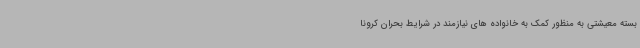
بسته معیشتی به منظور کمک به خانواده های نیازمند در شرایط بحران کرونا